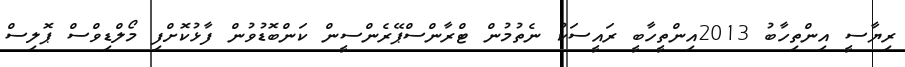
ރިޔާސީ އިންތިހާބު 2013އިންތީހާބީ ރައީސަކު ނެތުމުން ޓްރާންސްޕޭރެންސީން ކަންބޮޑުވުން ފާޅުކޮށްފި މޯލްޑިވްސް ޕޮލިސް